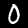
Digit: 0